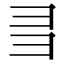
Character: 𢑑